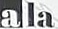
ala